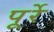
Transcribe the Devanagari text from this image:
पूर्रे